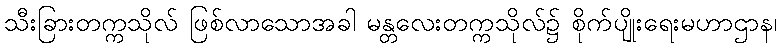
သီးခြားတက္ကသိုလ် ဖြစ်လာသောအခါ မန္တလေးတက္ကသိုလ်၌ စိုက်ပျိုးရေးမဟာဌာန၊